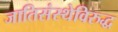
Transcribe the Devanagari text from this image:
जातिसंस्थेविरुद्ध